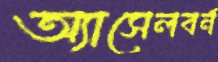
অ্যাসেলবর্ন